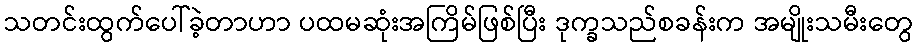
သတင်းထွက်ပေါ်ခဲ့တာဟာ ပထမဆုံးအကြိမ်ဖြစ်ပြီး ဒုက္ခသည်စခန်းက အမျိုးသမီးတွေ